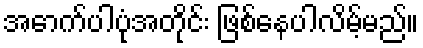
အောက်ပါပုံအတိုင်း ဖြစ်နေပါလိမ့်မည်။